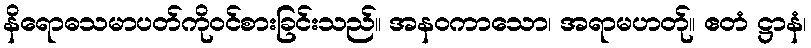
နိရောဓသမာပတ်ကိုဝင်စားခြင်းသည်။ အနဝကာသော၊ အရာမဟတ်ု။ ဧတံ ဋ္ဌာနံ၊